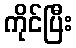
ကိုင်ပြီး